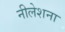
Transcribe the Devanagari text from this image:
नीलेशना